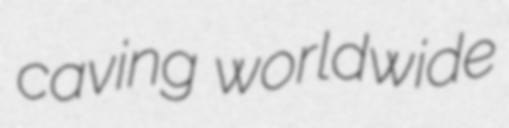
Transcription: caving worldwide